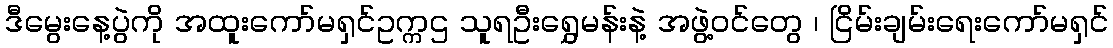
ဒီမွေးနေ့ပွဲကို အထူးကော်မရှင်ဥက္ကဌ သူရဦးရွှေမန်းနဲ့ အဖွဲ့ဝင်တွေ ၊ ငြိမ်းချမ်းရေးကော်မရှင်